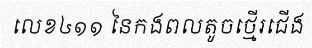
លេខ៤១១ នៃកងពលតូចថ្មើរជើង